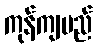
ကုန်ကျမည်